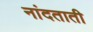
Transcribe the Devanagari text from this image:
नांदताती